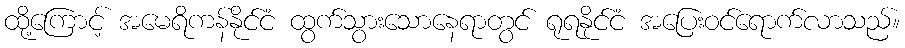
ထို့ကြောင့် အမေရိကန်နိုင်ငံ ထွက်သွားသောနေရာတွင် ရုရနိုင်ငံ အပြေးဝင်ရောက်လာသည်။